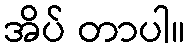
အိပ် တာပါ။